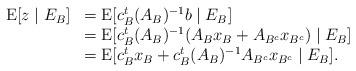
LaTeX: \begin{align*}\begin{array}{rl}{\rm E} [z\mid E_B] & ={\rm E} [c_B^t(A_B)^{-1}b \mid E_B] \\& ={\rm E} [c_B^t(A_B)^{-1}(A_Bx_B+A_{B^c}x_{B^c}) \mid E_B] \\& ={\rm E} [c_B^tx_B+c_B^t (A_B)^{-1}A_{B^c}x_{B^c} \mid E_B]. \\\end{array}\end{align*}